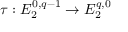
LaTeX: \tau : E _ { 2 } ^ { 0 , q - 1 } \to E _ { 2 } ^ { q , 0 }